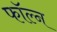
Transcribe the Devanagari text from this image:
फॉल्न